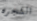
الشجره